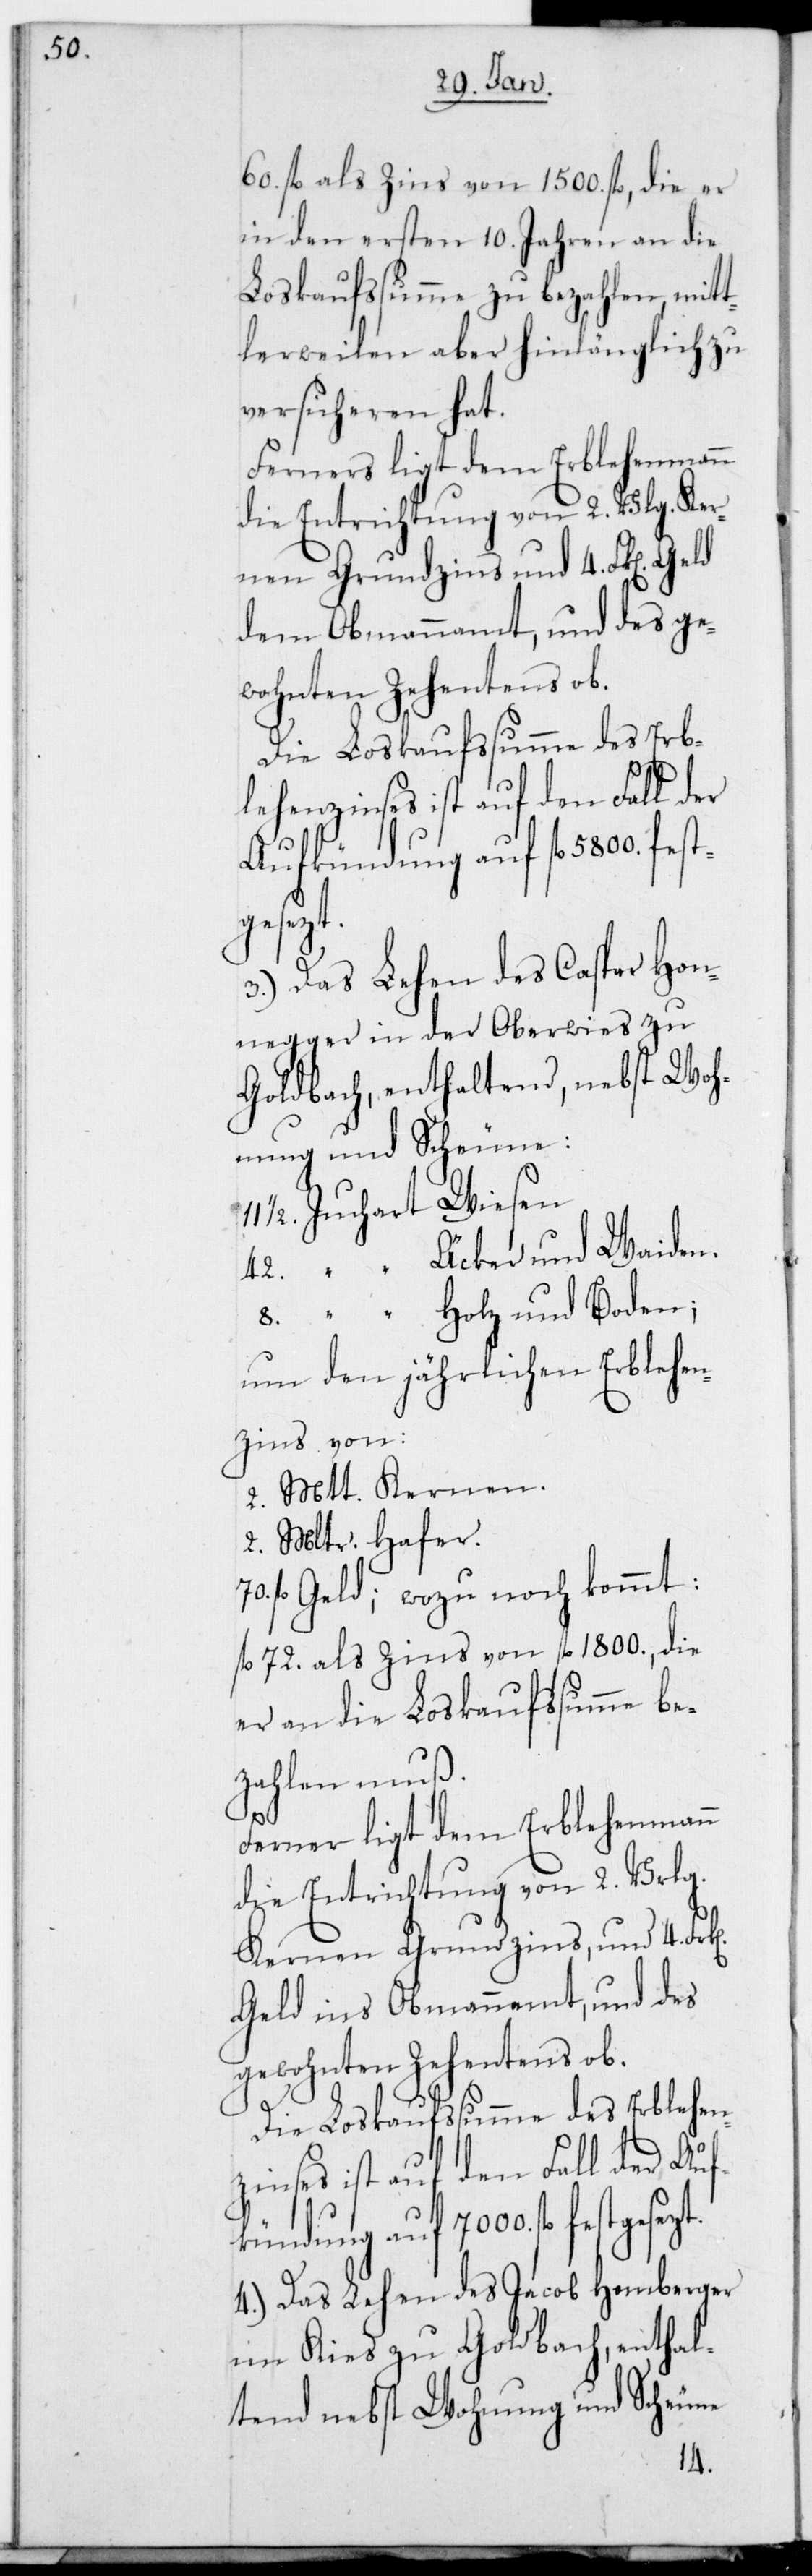
60. fl. als Zins von 1500. fl., die er
in den ersten 10. Jahren an die
Loskaufsumme zu bezahlen mitt¬
lerweilen aber hinlänglich zu
versicheren hat.
Ferners liegt dem Erblehenmann
die Entrichtung von 2. Vlg. Ker¬
nen Grundzins und 4. Frk[en]
dem Obmannamt, und des ge¬
wohnten Zehentens ob.
Die Loskaufssumme des Erb¬
lehenzinses ist auf den Fall der
Aufkündung auf 7000. fl.
gesezt.
3.) Das Lehen des Caspar Hon¬
negger in der Oberwies zu
Goldbach, enthaltend nebst Woh¬
nung und Scheune:
1/2. Juchart Wiesen.
42. “ Äcker und Waiden.
8. “ Holz und Boden;
um den jährlichen Erblehe¬
nzins von:
2. Mtt. Kernen.
2. Mltr. Hafer.
fl. Geld; wozu noch kommt:
fl. 72. als Zins von fl. 1800., die
er an die Loskaufssumme be¬
zahlen muß.
k[en]
70.
Ferner ligt dem Erblehenmann
die Entrichtung von 2. Vrlg.
Kernen Grundzins und 4. Fr¬
Geld ins Obmannamt und des
gewohnten Zehentens ob.
4.) Das Lehen des Jacob Hemberger
im Kies zu Goldbach, enthal¬
tend nebst Wohnung und Scheune